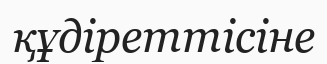
құдіреттісіне